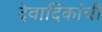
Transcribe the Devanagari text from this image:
देवादिकांची